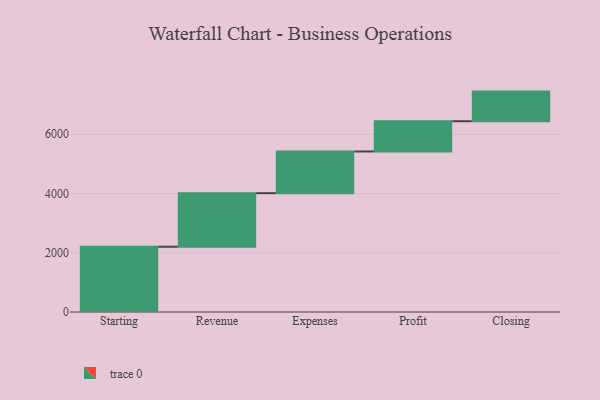
{"axis": {"x": "Step", "y": "Value"}, "legend": [""], "data": [{"x": "Starting", "y": 2204.0, "type": ""}, {"x": "Revenue", "y": 1808.0, "type": ""}, {"x": "Expenses", "y": 1407.0, "type": ""}, {"x": "Profit", "y": 1022.0, "type": ""}, {"x": "Closing", "y": 1000, "type": ""}]}